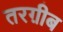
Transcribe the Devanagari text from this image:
तरग़ीब